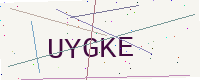
Text: UYGKE